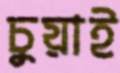
চুয়াই